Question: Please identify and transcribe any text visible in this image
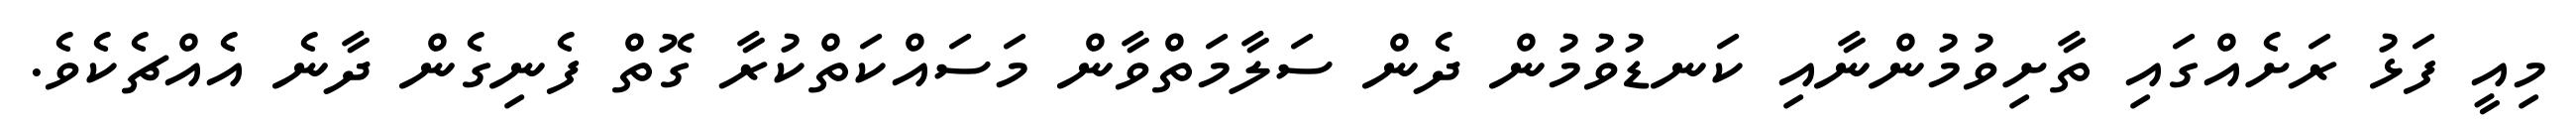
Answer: މިއީ ފަޅު ރަށެއްގައި ތާށިވުމުންނާއި ކަނޑުވުމުން ދެން ސަލާމަތްވާން މަސައްކަތްކުރާ ގޮތް ފެނިގެން ދާނެ އެއްޗެކެވެ.